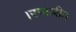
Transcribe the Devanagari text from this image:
।रणजीत